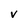
Character: V